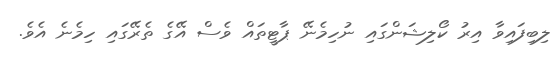
ލިބިފައިވާ އިރު ކޯލިޝަންގައި ނުހިމެނޭ ޕާޓީތައް ވެސް އޭގެ ތެރޭގައި ހިމެނެ އެވެ.